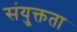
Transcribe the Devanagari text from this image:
संयु्क्तता